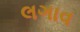
લગાવ